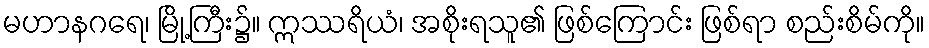
မဟာနဂရေ၊ မြို့ကြီး၌။ ဣဿရိယံ၊ အစိုးရသူ၏ ဖြစ်ကြောင်း ဖြစ်ရာ စည်းစိမ်ကို။